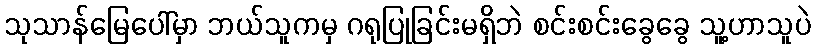
သုသာန်မြေပေါ်မှာ ဘယ်သူကမှ ဂရုပြုခြင်းမရှိဘဲ စင်းစင်းခွေခွေ သူ့ဟာသူပဲ